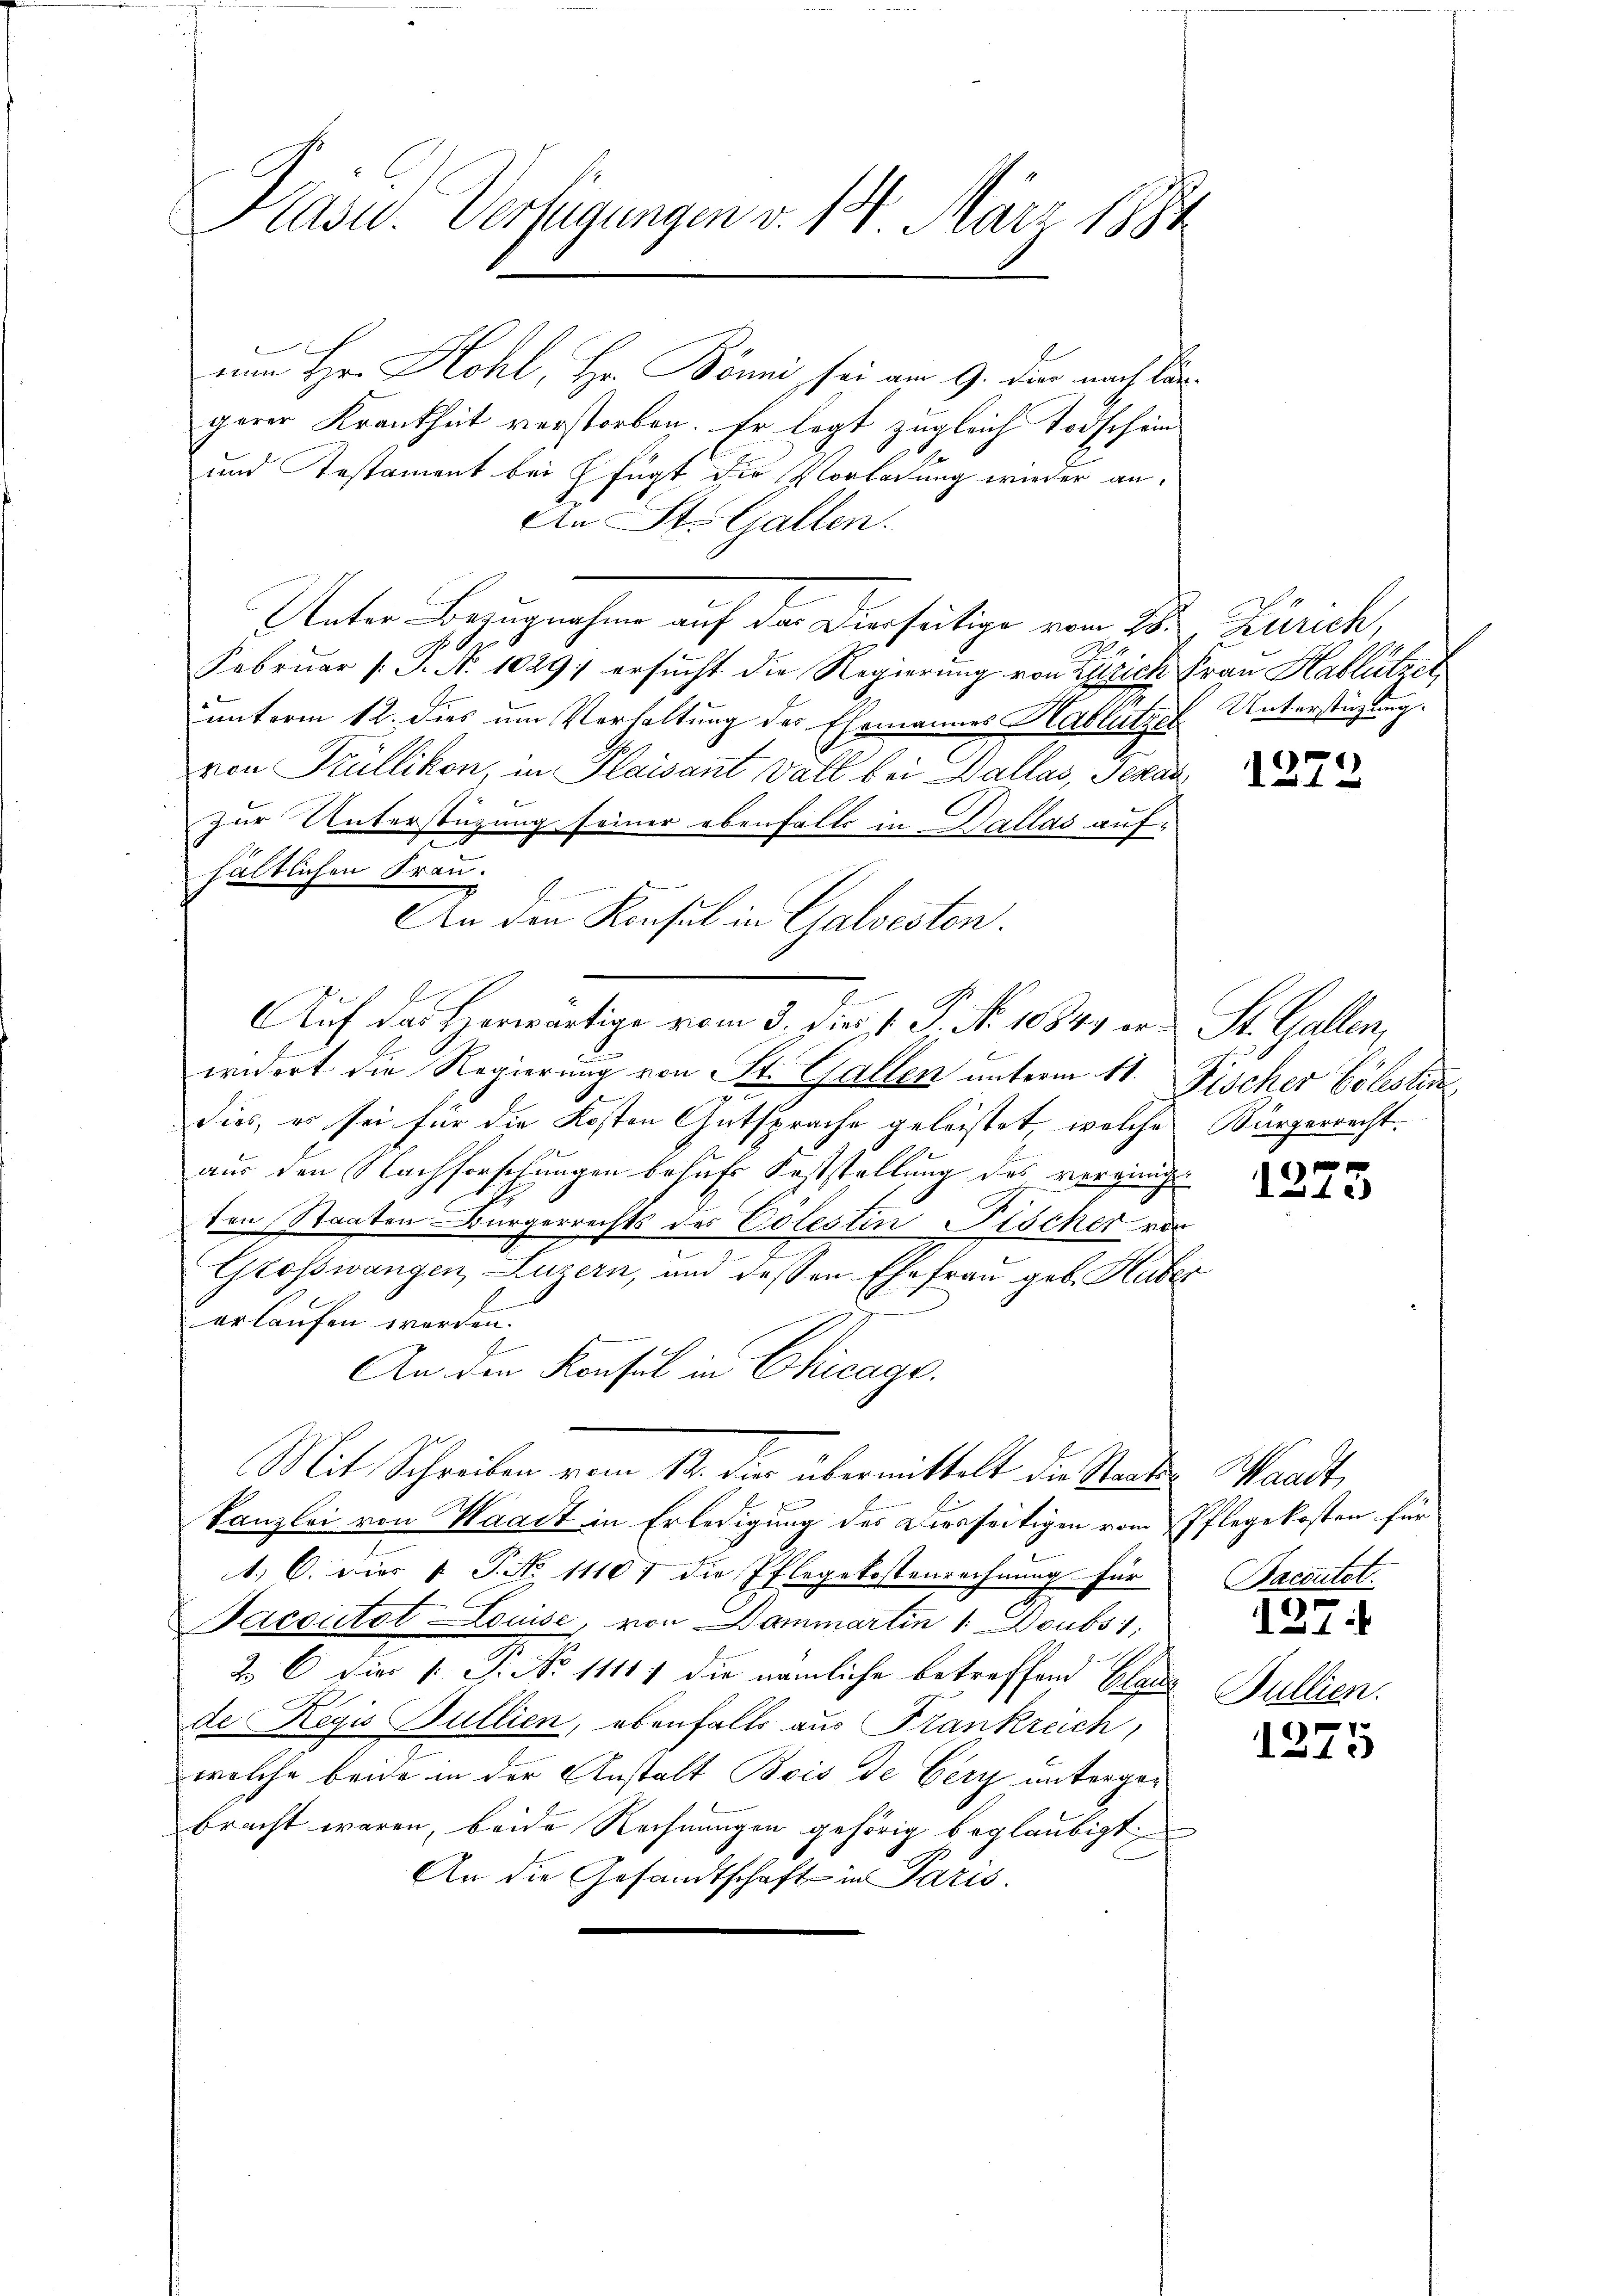
Pasu. Verfügungen v. 14. März 1894

um Hr. Hohl, Hr. Böni, sei am 9. der nach längerer Krankheit verstorben. Er legt zugleich Todschein
und Testament bei Efügt die Vorladung wieder an.
An St. Gallen.
Unter Bezugnahme auf den Dierseitige vom 25ten Zürich,
Februar (: P. No 1029; ersucht die Regierung von Zürich Frau Hablützet
unterm 12. dies um Verhaltung des Ehemannes Hablützel Unterstüzung.
von Trüllikon, in Klaisant all bei Ballas, Gerad
zur Unterstüzung seiner ebenfalls in Dallas aufhältlichen Frau.
Auf das Horwärtige vom 3. dies V. P. No. 10849 er St. Gallen,
widert die Regierung von St. Gallen unterm 11. Fischer Cölestin
dies, er sei für die Kosten Gutsprache geleistet, welche
aus den Nachforschungen behufs Feststellung des verging
ten Staaten Bürgerrechts des Colestin Klöcher vor
2
Grosswangen, Luzern, und dessen Ehefrau geb. Haber
erlaufen werden.
An den Konsul in Chicago
Mit Schreiben vom 12. dir übermittelt die Standen Waadt,
Kanzlei von Waadt in Erledigung des Diesseitigen vom Pflegekosten für
1) C. dies 1. P. No 11107 die Pflegekostenrechnung für
acoutot-Louise, von Dammartin 1. Doubs 1
2 C. die 1. P. No 1111) die nämliche betreffend Glau
de Regio Bullien, ebenfalls aus Frankreich,
welche beide in der Anstalt Bois de Gery untergerbracht waren, beide Rechnungen gehörig beglaubigt.
An die Gesandtschaft in Paris.

.
An den Konsul in Galvesten.

1272

Bürgerrecht.

)
x

Bacoutet.

127:

Bullien.

1275